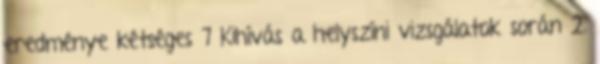
eredménye kétséges 7 Kihívás a helyszíni vizsgálatok során 2.